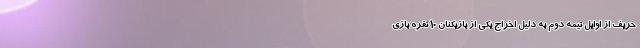
حریف از اوایل نیمه دوم به دلیل اخراج یکی از بازیکنان ۱۰ نفره بازی